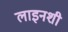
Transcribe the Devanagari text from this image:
लाइनशी